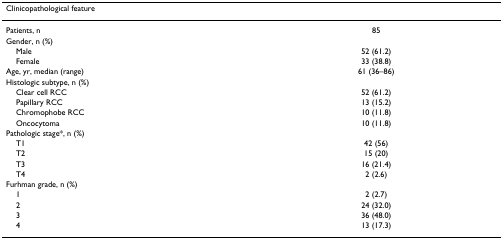
<table><thead><tr><td><b>Clinicopathological feature</b></td><td></td></tr></thead><tbody><tr><td>Patients, n</td><td>85</td></tr><tr><td>Gender, n (%)</td><td></td></tr><tr><td> Male</td><td>52 (61.2)</td></tr><tr><td> Female</td><td>33 (38.8)</td></tr><tr><td>Age, yr, median (range)</td><td>61 (36–86)</td></tr><tr><td>Histologic subtype, n (%)</td><td></td></tr><tr><td> Clear cell RCC</td><td>52 (61.2)</td></tr><tr><td> Papillary RCC</td><td>13 (15.2)</td></tr><tr><td> Chromophobe RCC</td><td>10 (11.8)</td></tr><tr><td> Oncocytoma</td><td>10 (11.8)</td></tr><tr><td>Pathologic stage*, n (%)</td><td></td></tr><tr><td> T1</td><td>42 (56)</td></tr><tr><td> T2</td><td>15 (20)</td></tr><tr><td> T3</td><td>16 (21.4)</td></tr><tr><td> T4</td><td>2 (2.6)</td></tr><tr><td>Furhman grade, n (%)</td><td></td></tr><tr><td> 1</td><td>2 (2.7)</td></tr><tr><td> 2</td><td>24 (32.0)</td></tr><tr><td> 3</td><td>36 (48.0)</td></tr><tr><td> 4</td><td>13 (17.3)</td></tr></tbody></table>